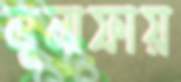
মুনাফায়